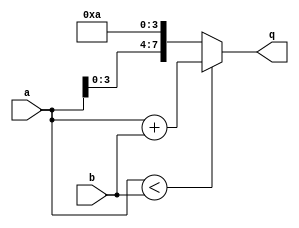
/* Generated by Yosys 0.43+11 (git sha1 49f547782, clang++ 14.0.0-1ubuntu1.1 -fPIC -Os) */

(* dynports =  1  *)
(* src = "./test.v:1.1-19.10" *)
module top(q, a, b);
  (* src = "./test.v:14.9-14.12" *)
  wire [7:0] _0_;
  (* src = "./test.v:13.7-13.12" *)
  wire _1_;
  (* src = "./test.v:7.15-7.16" *)
  input [7:0] a;
  wire [7:0] a;
  (* src = "./test.v:7.18-7.19" *)
  input [7:0] b;
  wire [7:0] b;
  (* src = "./test.v:8.16-8.17" *)
  output [7:0] q;
  wire [7:0] q;
  assign _0_ = a + (* src = "./test.v:14.9-14.12" *) b;
  assign _1_ = a < (* src = "./test.v:13.7-13.12" *) b;
  assign q = _1_ ? (* full_case = 32'd1 *) (* src = "./test.v:13.7-13.12|./test.v:13.3-17.6" *) _0_ : { a[3:0], 4'ha };
endmodule